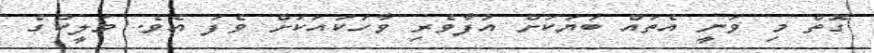
ގޮތް މި ވަނީ އެތައް ބަޔަކަށް އުފާވެރި ވާހަކައަކަށް ވެފަ އެވެ. މަލީކުގެ